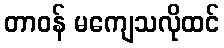
တာဝန် မကျေသလိုထင်